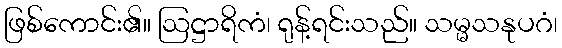
ဖြစ်ကောင်း၏။ ဩဋ္ဌာရိကံ၊ ရုန့်ရင်းသည်။ သမ္မသနုပဂံ၊